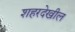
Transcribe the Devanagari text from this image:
शहरदेखील